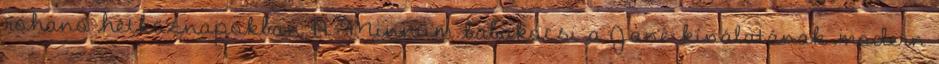
rohanó hétköznapokban A Minnum babakocsi a Jané kínálatának modern